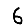
Digit: 6